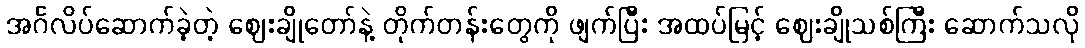
အင်္ဂလိပ်ဆောက်ခဲ့တဲ့ ဈေးချိုတော်နဲ့ တိုက်တန်းတွေကို ဖျက်ပြီး အထပ်မြင့် ဈေးချိုသစ်ကြီး ဆောက်သလို